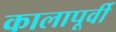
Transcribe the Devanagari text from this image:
कालापूर्वी